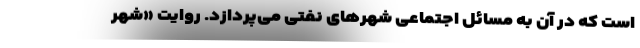
است که در آن به مسائل اجتماعیِ شهرهای نفتی می‌پردازد. روایت «شهر